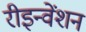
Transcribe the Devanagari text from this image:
रीइन्वेंशन